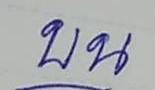
บน